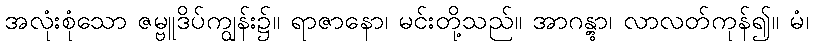
အလုံးစုံသော ဇမ္ဗူဒိပ်ကျွန်း၌။ ရာဇာနော၊ မင်းတို့သည်။ အာဂန္တွာ၊ လာလတ်ကုန်၍။ မံ၊